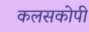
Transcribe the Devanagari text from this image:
कलसकोपी